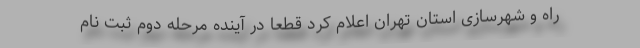
راه و شهرسازی استان تهران اعلام کرد قطعا در آینده مرحله دوم ثبت نام